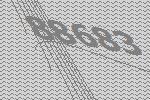
88683